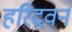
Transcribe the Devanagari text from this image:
हरिद्रवन